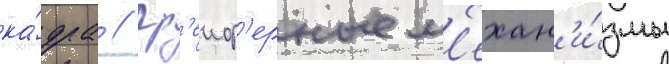
ка́дра // Гр'еиф'ерные м'ехан'и́змы